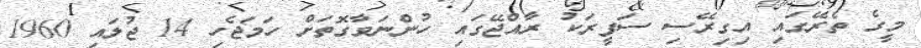
މީގެ ތެރޭގައި އިގިރޭސި ސަފީރަކު ރާއްޖޭގައި ހުންނަވާގޮތަށް ހަމަޖެހި 14 ޖުލައި 1960